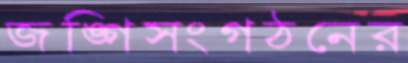
জঙ্গিসংগঠনের